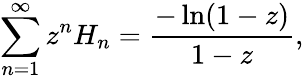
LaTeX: \sum_{n=1}^{\infty}z^{n}H_{n}={\frac{-\ln(1-z)}{1-z}},